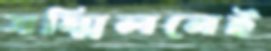
সম্মিলনেই